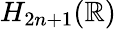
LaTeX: H_{2n+1}(\mathbb{R})